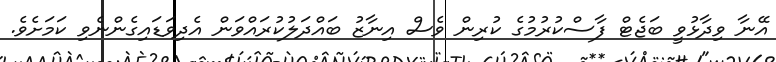
އޭނާ ވިދާޅުވީ ބަޖެޓް ފާސްކުރުމުގެ ކުރިން ވެސް އިނާޒު ބައްދަލުކުރައްވަން އެދިވަޑައިގެންނެވި ކަމަށެވެ.